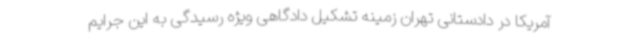
آمریکا در دادستانی تهران زمینه تشکیل دادگاهی ویژه رسیدگی به این جرایم